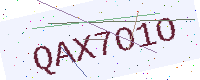
Text: QAX7O1O